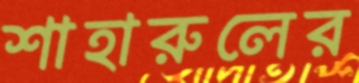
শাহারুলের